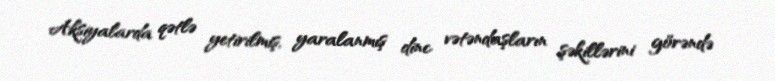
Aksiyalarda qətlə yetirilmiş, yaralanmış dinc vətəndaşların şəkillərini görəndə